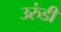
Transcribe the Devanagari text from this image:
उरुंडी